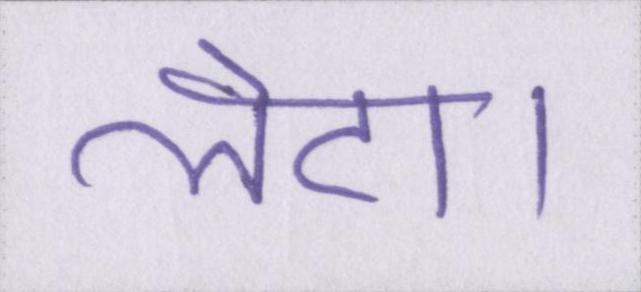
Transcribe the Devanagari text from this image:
लेटा।